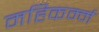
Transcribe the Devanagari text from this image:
महिकर्म्म